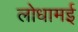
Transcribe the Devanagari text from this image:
लोधामई